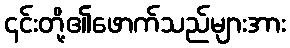
၎င်းတို့၏ဖောက်သည်များအား